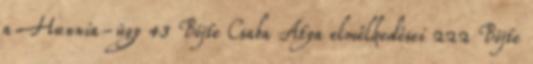
a Hunnia-ügy 43 Böjte Csaba Atya elmélkedései 222 Böjte